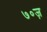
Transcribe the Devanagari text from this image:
७०ज़